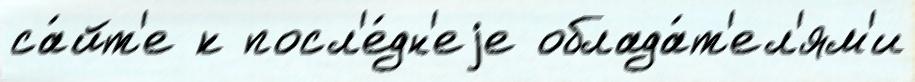
са́йт'е к посл'е́дн'еjе облада́т'ел'ям'и